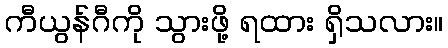
ကီယွန်ဂီကို သွားဖို့ ရထား ရှိသလား။